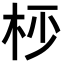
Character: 𣐣